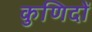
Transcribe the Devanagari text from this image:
कुणिदों